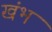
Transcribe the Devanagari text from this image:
खंभ